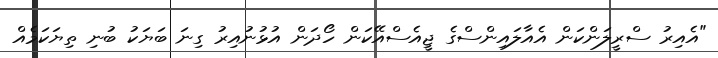
"އެއިރު ސްރީލަންކަން އެއާލައިންސްގެ ޖީއެސްއޭކަން ހޯދަން އުޅުނުއިރު ގިނަ ބަޔަކު ބުނި ތިޔަކަމެއް